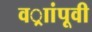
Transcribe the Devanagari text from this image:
वर्ाांपूवी